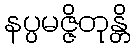
နပ္ပမဇ္ဇိတုန္တိ